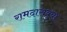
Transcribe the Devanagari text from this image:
रामदासबुवा